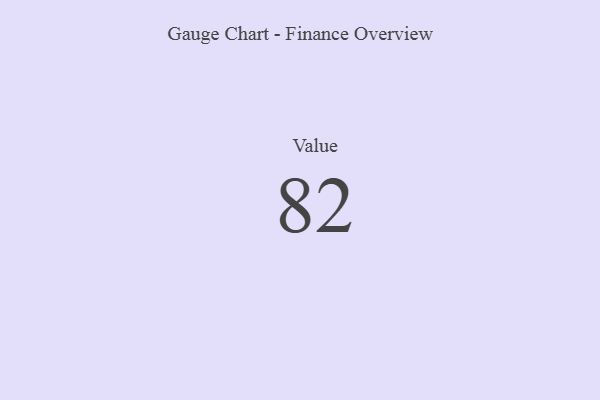
{"axis": {"x": "Metric", "y": "Value"}, "legend": [""], "data": [{"x": "Value", "y": 82, "type": ""}]}